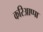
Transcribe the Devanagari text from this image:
करिआप्पा